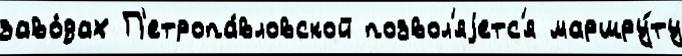
заво́дах П'етропа́вловской позвол'яjетс'я маршру́ту